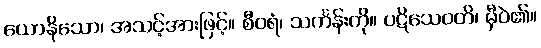
ယောနိသော၊ အသင့်အားဖြင့်။ စီဝရံ၊ သင်္ကန်းကို။ ပဋိသေဝတိ၊ မှီဝဲ၏။